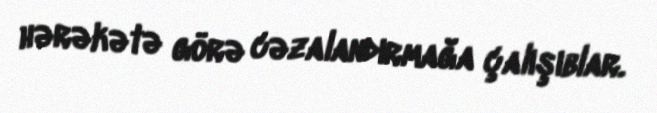
hərəkətə görə cəzalandırmağa çalışıblar.